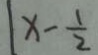
\vert x - \frac { 1 } { 2 }